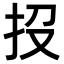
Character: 𢪩